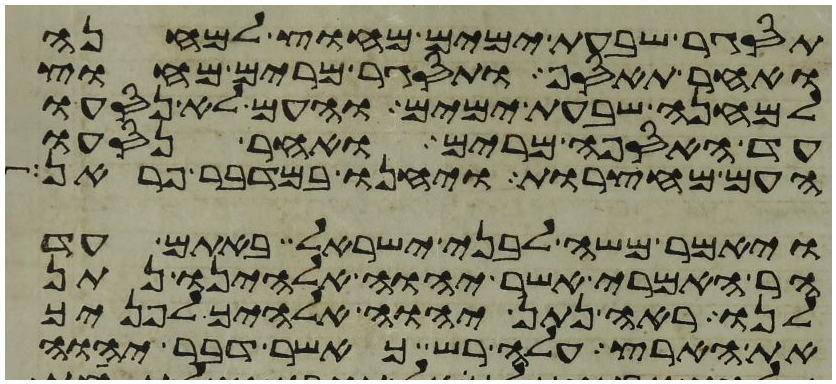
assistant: תסגר שבעת ימים מחוץ למחנה
ואחר תאסף ותסגר מרים מחוץ
למחנה שבעת ימים והעם לא נסעו
עד האספה מרים ואחר נסעו
העם מחצרות ויחנו במדבר פראן
ויאמר משה לבני ישראל באתם עד
הר האמרי אשר יהוה אלהינו נתן
לנו ראה נתן יהוה אלהיך לפניך
את הארץ עלה רש כאשר דבר יהוה